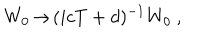
LaTeX: W _ { 0 } \! \rightarrow \! ( i c T + d ) ^ { - 1 } W _ { 0 } \ , \hspace { 1 4 m m }